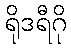
ရိုဒရီဂို